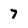
Character: 7